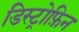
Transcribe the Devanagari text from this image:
डिस्ट्रोफ़िन